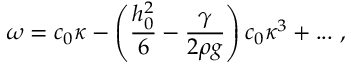
\omega = c _ { 0 } \kappa - \left( \frac { h _ { 0 } ^ { 2 } } { 6 } - \frac { \gamma } { 2 \rho g } \right) c _ { 0 } \kappa ^ { 3 } + . . . ~ ,